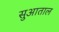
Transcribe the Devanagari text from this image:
सुआताल